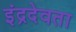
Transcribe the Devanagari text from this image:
इंद्रदेवता